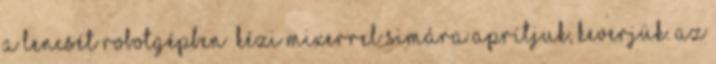
a lencsét robotgépben kézi mixerrel simára aprítjuk, keverjük. Az